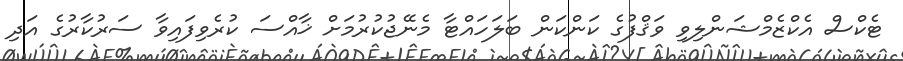
ޓެކްސް އެކްޒެމްޝަންލިވި ވަޤްފުގެ ކަންކަން ބަލަހައްޓާ މެނޭޖުކުރުމަށް ޚާއްސަ ކުރެވިފައިވާ ސަރުކާރުގެ އަދި